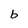
Character: b